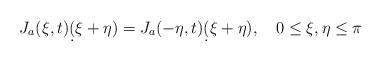
LaTeX: \begin{align*}J_a(\xi,t) \d(\xi+\eta) = J_a(-\eta,t) \d(\xi+\eta),\quad0\le\xi,\eta\le\pi\end{align*}